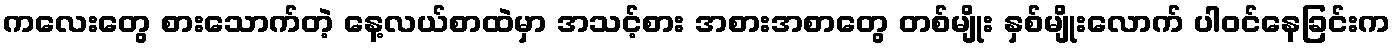
ကလေးတွေ စားသောက်တဲ့ နေ့လယ်စာထဲမှာ အသင့်စား အစားအစာတွေ တစ်မျိုး နှစ်မျိုးလောက် ပါဝင်နေခြင်းက